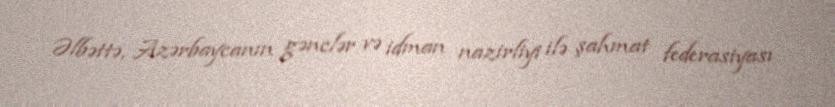
Əlbəttə, Azərbaycanın gənclər və idman nazirliyi ilə şahmat federasiyası